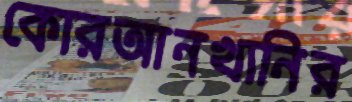
কোরআনখানির